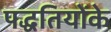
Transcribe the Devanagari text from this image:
पद्धतियोंके